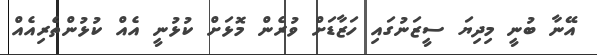
އޭނާ ބުނީ މިދިޔަ ސީޒަނުގައި ހަޒާޑަށް ވުރެން މޮޅަށް ކުޅުނީ އެއް ކުޅުންތެރިއެއް